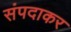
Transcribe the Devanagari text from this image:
संपदाकर